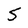
Character: 5